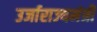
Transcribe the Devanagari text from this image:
उर्जाराज्यमंत्री